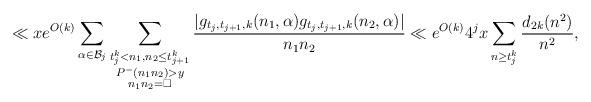
LaTeX: \begin{align*}\ll x e^{O(k)} \sum_{\alpha \in \mathcal{B}_j}\sum_{\substack{t_j^k<n_1, n_2 \leq t_{j+1}^k\\ P^{-}(n_1n_2)> y\\ n_1n_2= \square}}\frac{|g_{t_j, t_{j+1}, k}(n_1, \alpha)g_{t_j, t_{j+1}, k}(n_2, \alpha)|}{n_1n_2} \ll e^{O(k)} 4^j x \sum_{n\geq t_j^{k}} \frac{d_{2k}(n^2)}{n^2},\end{align*}